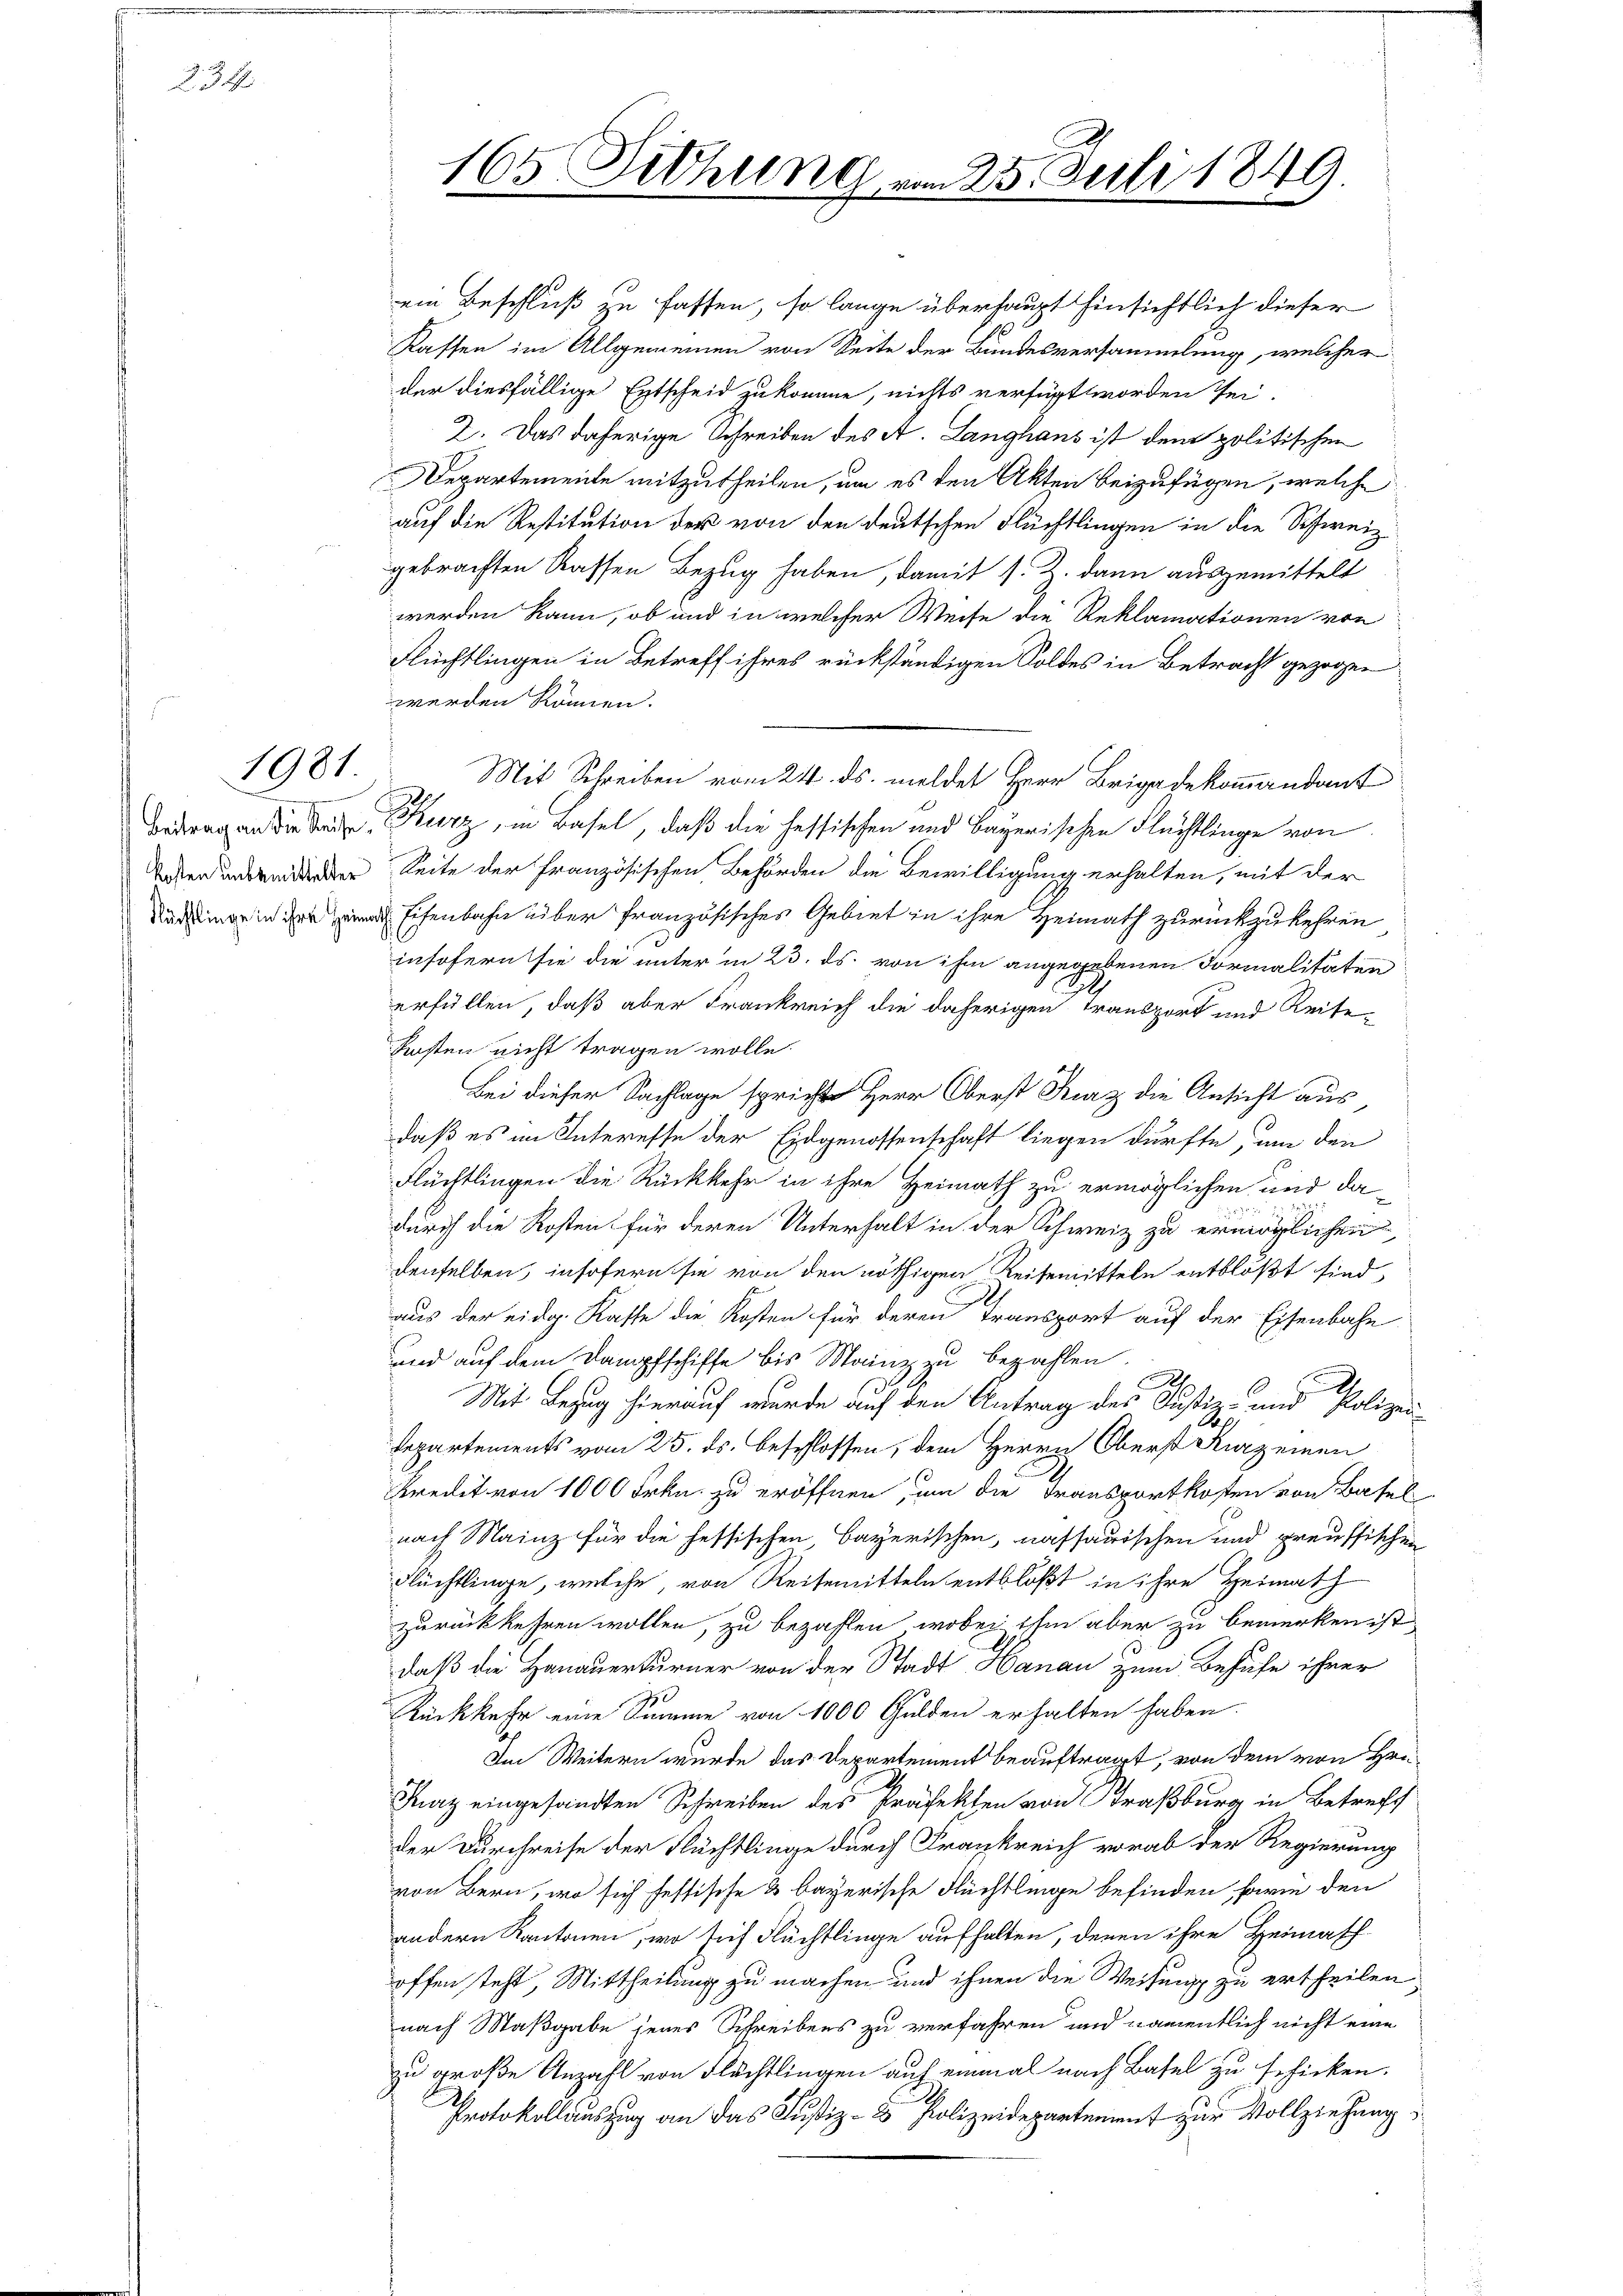
234.

1981.

ein Beschluß zu fassen, so lange überhaupt hinsichtlich dieser
Kassen im Allgemeinen von Seite der Bundesversammlung, welcher
der diesfällige Entscheid zukomme, nichts verfügt worden sei.
2. Das daherige Schreiben des A. Langhaus ist dem politischen
Departemente mitzutheilen, um es den Akten beizufügen, welche
auf die Restitution der von den deutschen Flüchtlingen in die Schweiz.
gebrachten Kassen Bezug haben, damit s. Z. dann ausgemittelt
werden kann, ob und in welcher Weise die Reklamationen von
Flüchtlingen in Betreff ihres rückständigen Soldes in Betracht gezogen
werden können.
Mit Schreiben vom 24. ds. meldet Herr Brigadekommandant
Beitragen die Sache Kurz, in Basel, daß die hessischen und Bayerischen Flächtlinge von
er Seite der französischen Behörden die Bewilligung erhalten, mit der
Eisenbahn über französisches Gebiet in ihre Heimath zurückzukehren
insofern sie die unter in 23. ds. von ihm angegebenen Formalitäten
x
erfüllen, daß aber Frankreich die daherigen Transport und Reise¬
Kosten nicht tragen wolle.
Bei dieser Sachlage sprichte Herr Oberst Kurz die Ansicht aus,
daß es im Interesse der Eidgenossenschaft liegen dürfte, um den
Flüchtlingen die Rückkehr in ihre Heimath zu ermöglichen und dadurch die Kosten für deren Unterhalt in der Schweiz zu ermöglichen
denselben, insofern sie von den nöthigen Reisemitteln entblößt sind,
aus der eidg. Kasse die Kosten für deren Transport auf der Eisenbahn
und auf dem Dampfschiffe bis Mainz zu bezahlen.
A
g
Mit Bezug hierauf wurde auf den Antrag des Justiz- und Polizei-
S
Repartements vom 25. ds. beschlossen, dem Herrn Oberst Kurz einen
.
Kredit von 1000 Frkn. zu eröffnen, um die Transportkosten von Basel
nach Mainz für die hessischen, Bayerischen, nassauischen und preussischen
Flüchtlinge, welche, von Reisemitteln entblößt in ihre Heimath
zurückkehren wollen, zu bezahlen, wobei ihm aber zu bemerken ist,
daß die Hanauerturner von der Stadt Hanau zum Behufe ihrer
Rückkehr eine Summe von 1000 Gulden erhalten haben.
Im Weitern wurde das Departement beauftragt, von dem von Hrn
Faz eingesandten Schreiben des Präfekten von Straßburg in Betreff
der Durchreise der Flüchtlinge durch Frankreich vorab der Regierung
von Bern, wo sich festische & bayerische Flüchtlinge befinden sowie den
andern Kantonen, wo sich Flüchtlinge aufhalten, denen ihre Heimasch-
offen steht, Mittheilung zu machen und ihnen die Weisung zu ertheilen
nach Maßgabe jenes Schreibens zu verfahren und namentlich nicht eine
zu große Anzahl von Flächtlingen auf einmal nach Basel zu schicken.
Protokollauszug an das Justiz- & Polizeidepartement zur Vollziehung

)
165 Sitzung

25. Juli 1849